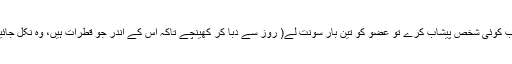
جب کوئی شخص پیشاب کرے تو عضو کو تین بار سونت لے( روز سے دبا کر کھینچے تاکہ اس کے اندر جو قطرات ہیں، وہ نکل جائیں۔